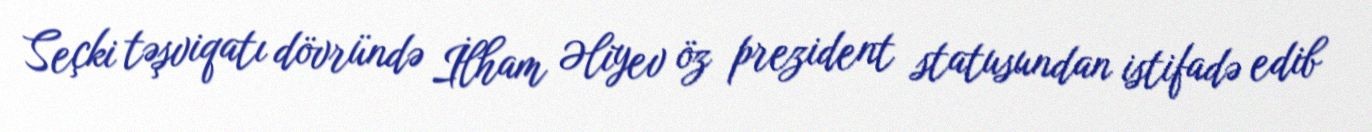
Seçki təşviqatı dövründə İlham Əliyev öz prezident statusundan istifadə edib